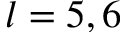
l = 5 , 6